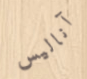
آناليس